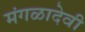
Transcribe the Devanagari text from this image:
मंगळादेवी